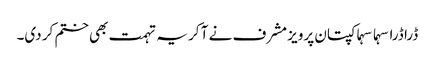
ڈرا ڈرا سہما سہما کپتان پرویز مشرف نے آ کر یہ تہمت بھی ختم کر دی۔